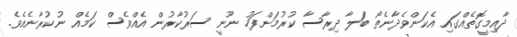
ދާއިމީގޮތެއްގައި އެކަންވެދާނެތޯ ބަލާ ދިރާސާ ކުރުމަށްފަހު ނޫނީ ސަރުކާރުން އެއްވެސް ކަމެއް ނުކުރާނެއެވެ.